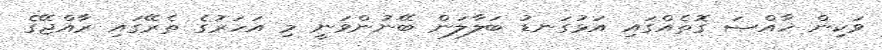
ވަކިން ޚާއްޞަ ގޮތެއްގައި އަޅުގަނޑު ބަލާލަން ބޭނުންވަނީ މި އަހަރުގެ ތެރޭގައި ރާއްޖޭގެ